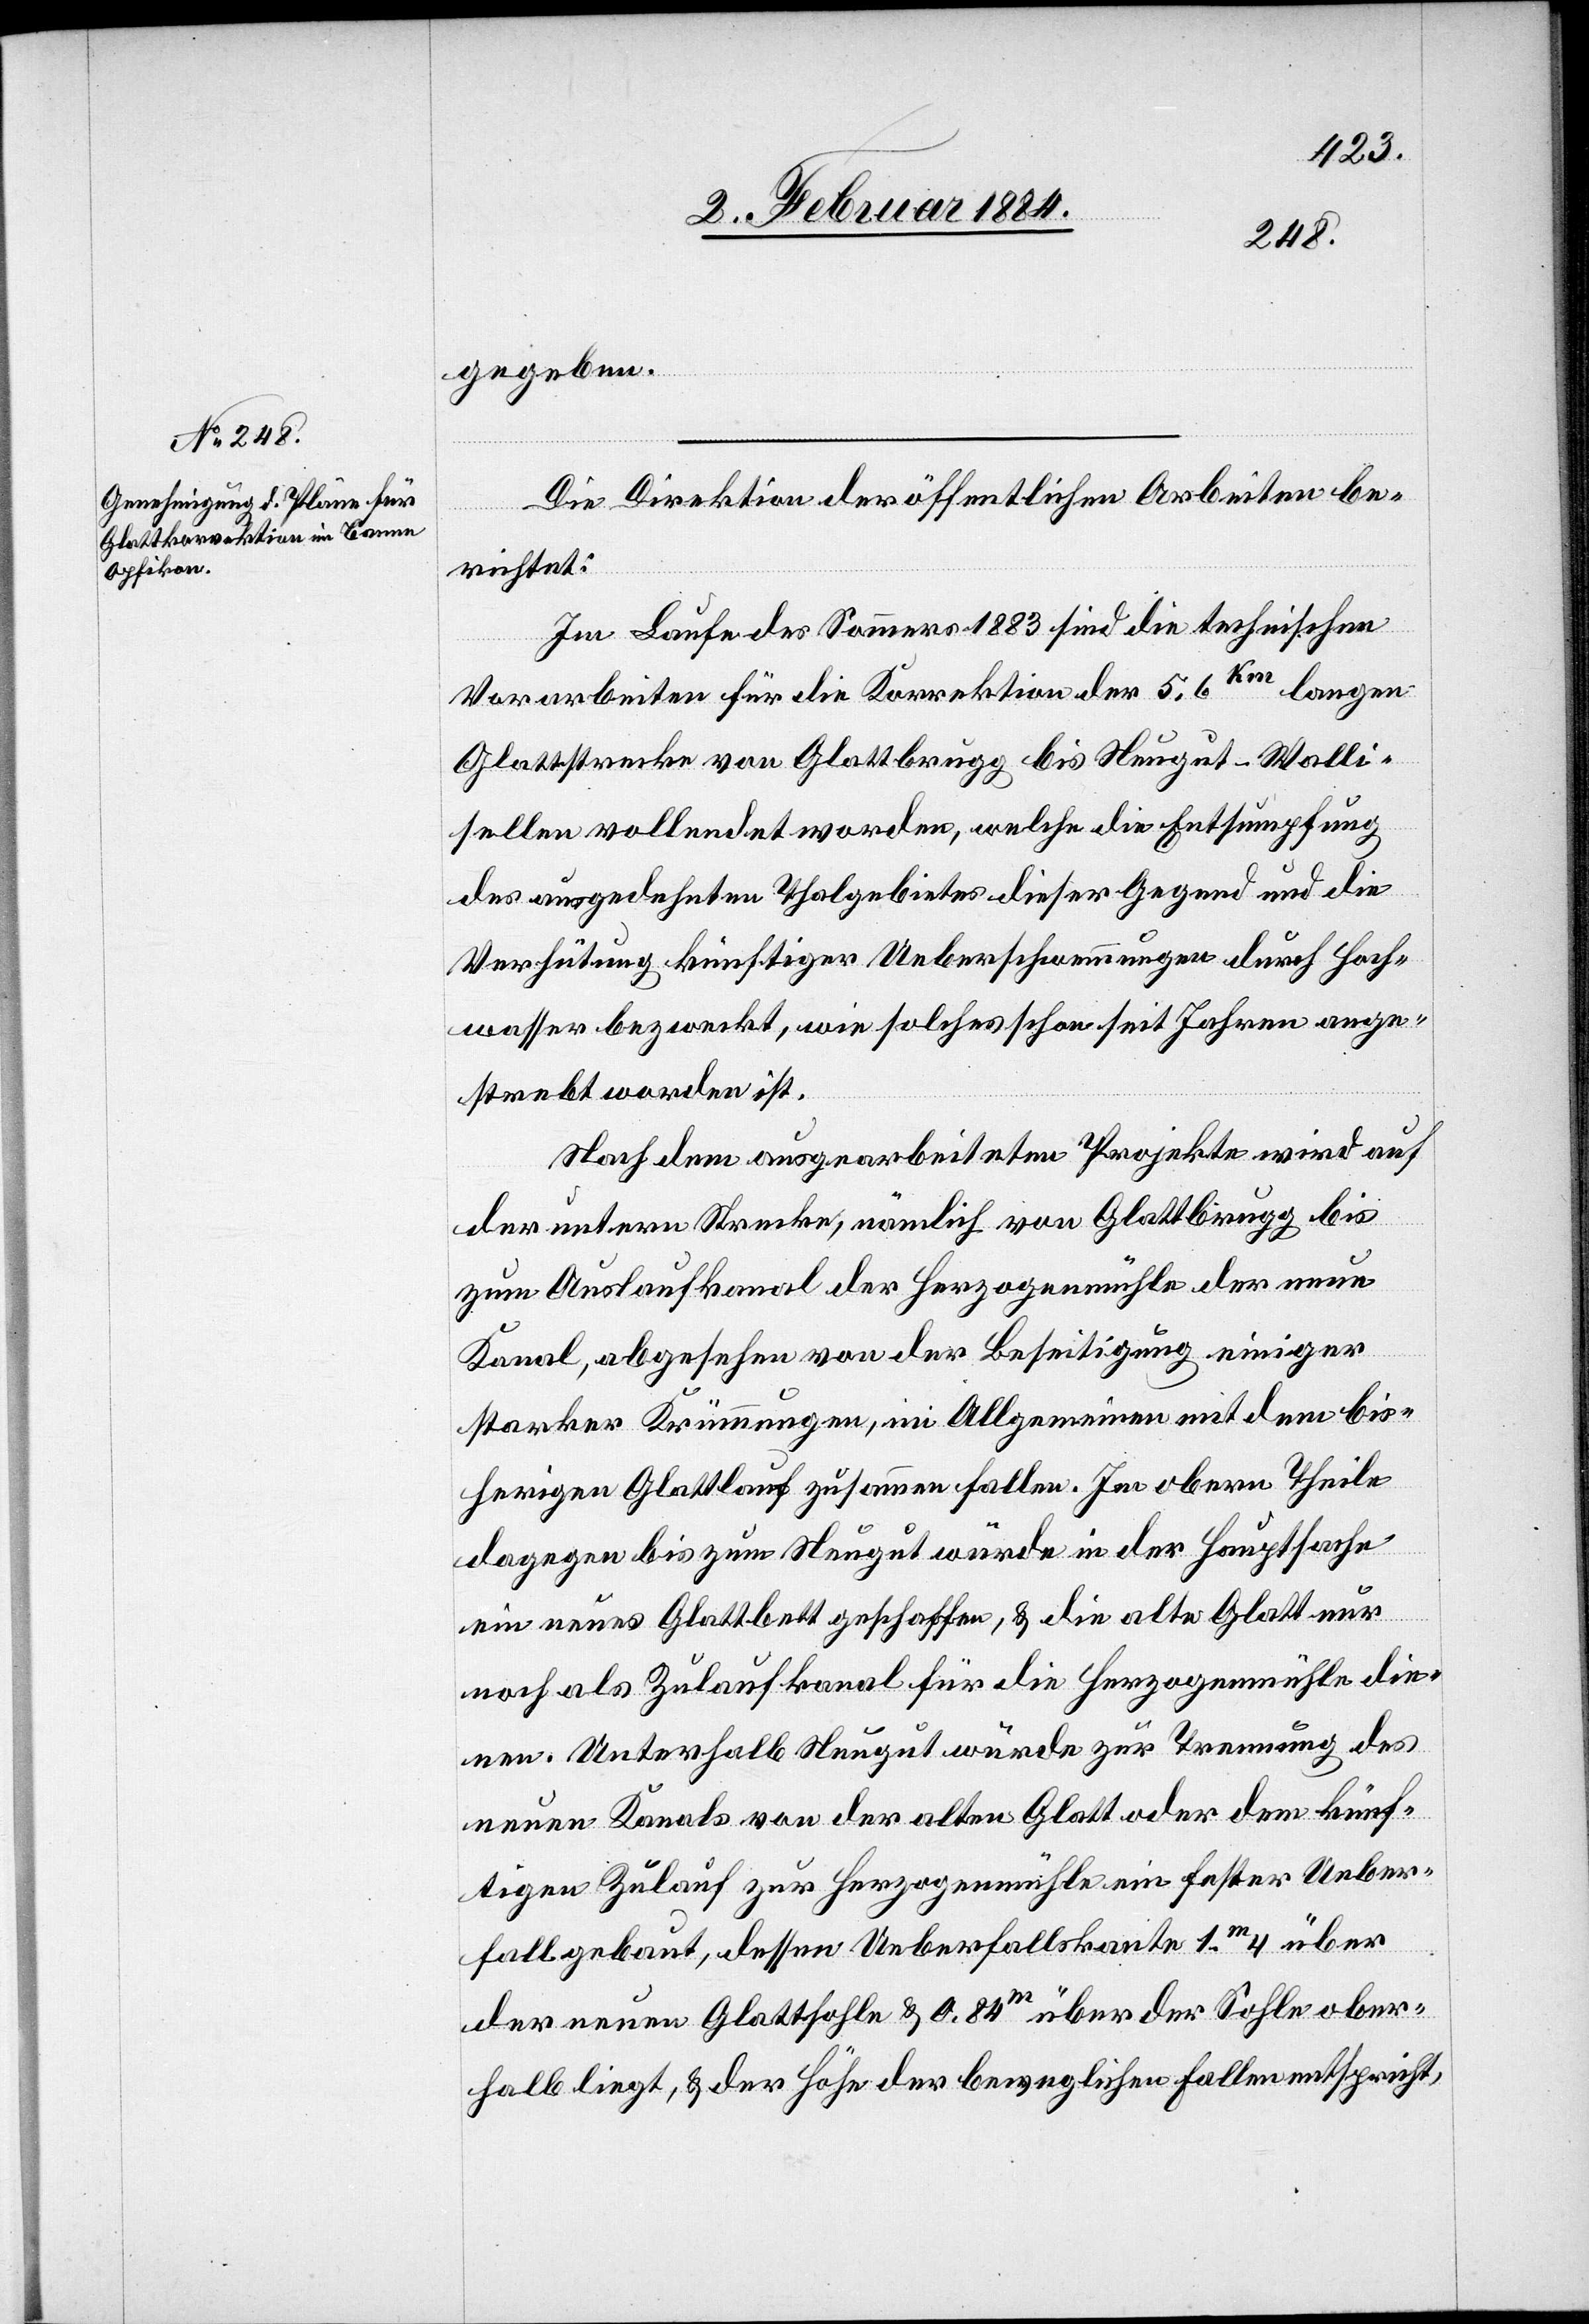
gegeben.
Die Direktion der öffentlichen Arbeiten be¬
richtet:
Im Laufe des Sommers 1883 sind die technischen
Vorarbeiten für die Korrektion der 5,6km lange
Glattstrecke von Glattbrugg bis Neugut - Walli¬
sellen vollendet worden, welche die Entsumpfung
des ausgedehnten Thalgebietes dieser Gegend und die
Verhütung künftiger Ueberschwemmungen durch Hoch¬
wasser bezweckt, wie solches schon seit Jahren ange¬
strebt worden ist.
Nach dem ausgearbeiteten Projekte wird auf
der untern Strecke, nämlich von Glattbrugg bis
zum Auslaufkanal der Herzogenmühle der neue
Kanal, abgesehen von der Beseitigung einiger
starker Krümmungen, im Allgemeinen mit dem bis¬
herigen Glattlauf zusammen fallen. Im obern Theile
dagegen bis zum Neugut würde in der Hauptsache
ein neues Glattbett geschaffen & die alte Glatt nur
noch als Zulaufkanal für die Herzogenmühle die¬
nen. Unterhalb Neugut würde zur Trennung des
neuen Kanals von der alten Glatt oder dem künf¬
tigen Zulauf zur Herzogenmühle ein fester Ueber¬
fall gebaut, dessen Ueberfallskante 1m 4 über
der neuen Glattsohle & 0,84m über der Sohle ober¬
halb liegt, & der Höhe der bezüglichen Fallen entspricht,